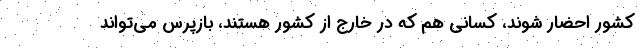
کشور احضار شوند، کسانی هم که در خارج از کشور هستند، بازپرس می‌تواند